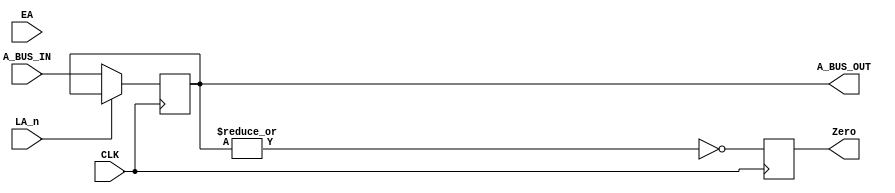
module Accumulator(
	 input wire CLK, LA_n, EA,
	 input wire [7:0] A_BUS_IN,
	 output reg [7:0] A_BUS_OUT,
	 output reg Zero
	);
	

	
	always @(posedge CLK) 
		begin
			if(!LA_n)
				begin
					A_BUS_OUT <= A_BUS_IN;  
				end
			Zero = ~|(A_BUS_OUT);
		end
endmodule